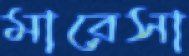
মারেসা